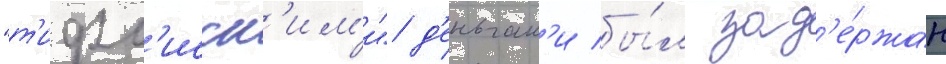
"т'ифл'исск'им'и" д'еньгам'и бы́л зад'е́ржан